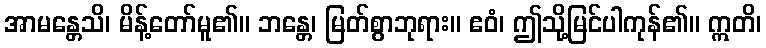
အာမန္တေသိ၊ မိန့်တော်မူ၏။ ဘန္တေ၊ မြတ်စွာဘုရား။ ဧဝံ၊ ဤသို့မြင်ပါကုန်၏။ ဣတိ၊